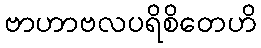
ဗာဟာဗလပရိစိတေဟိ